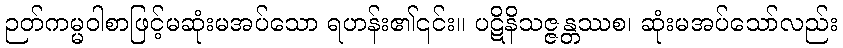
ဉတ်ကမ္မဝါစာဖြင့်မဆုံးမအပ်သော ရဟန်း၏၎င်း။ ပဋိနိသဇ္ဇန္တဿစ၊ ဆုံးမအပ်သော်လည်း